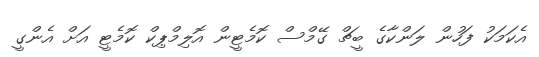
އެކަމަކު ފަހުން ލަންކާގެ ބީޗް ގޭމްސް ކޮމެޓީން އޮލިމްޕިކް ކޮމެޓީ އަށް އެންގީ